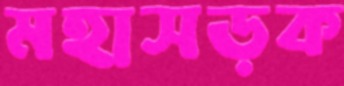
মহাসড়ক